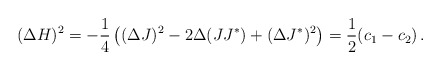
\begin{align*} (\Delta H)^2 = -\frac{1}{4}\left((\Delta J)^2-2\Delta(JJ^*)+ (\Delta J^*)^2\right)= \frac{1}{2}(c_1-c_2) \,.\end{align*}